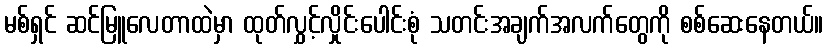
မစ်ရှင် ဆင်မြူလေတာထဲမှာ ထုတ်လွှင့်လှိုင်းပေါင်းစုံ သတင်းအချက်အလက်တွေကို စစ်ဆေးနေတယ်။